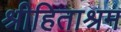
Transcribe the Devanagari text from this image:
श्रीहिताश्रम